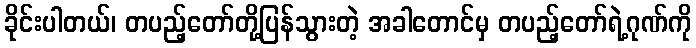
ခိုင်းပါတယ်၊ တပည့်တော်တို့ပြန်သွားတဲ့ အခါတောင်မှ တပည့်တော်ရဲ့ဂုဏ်ကို